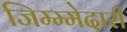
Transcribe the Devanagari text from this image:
जिम्म्मेदारी